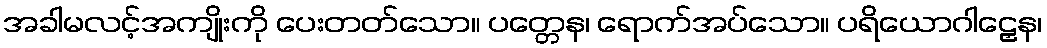
အခါမလင့်အကျိုးကို ပေးတတ်သော။ ပတ္တေန၊ ရောက်အပ်သော။ ပရိယောဂါဠှေန၊